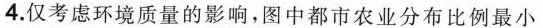
4. 仅考虑环境质量的影响，图中都市农业分布比例最小